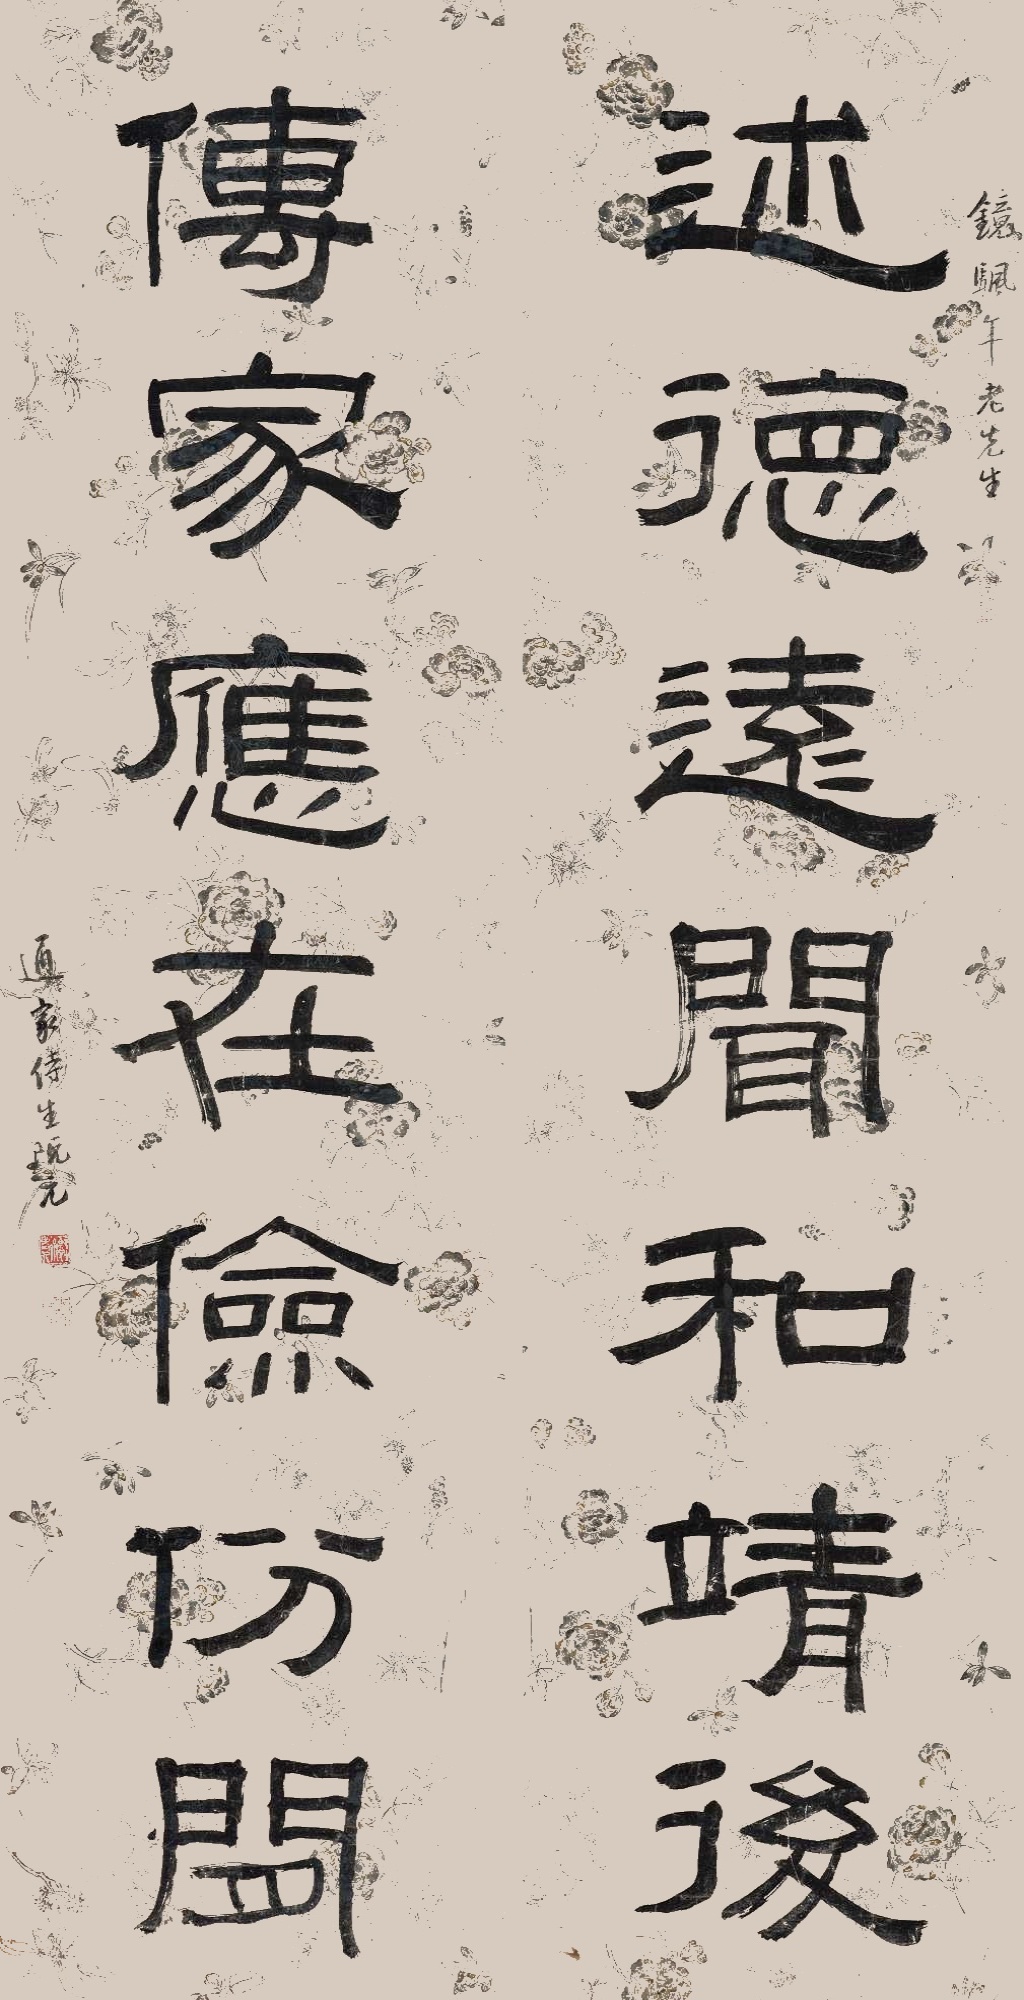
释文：述德远闻和靖后，传家应在俭份间。镜帆年老先生，通家侍生阮元。